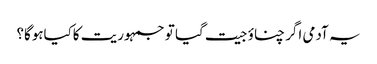
یہ آدمی اگر چناؤ جیت گیا تو جمہوریت کاکیاہوگا؟